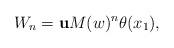
LaTeX: \begin{align*}W_n={\bf u} M(w)^n \theta(x_1),\end{align*}